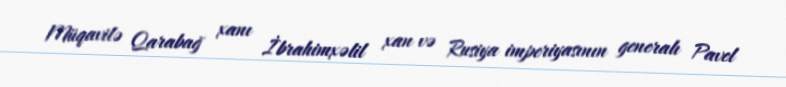
Müqavilə Qarabağ xanı İbrahimxəlil xan və Rusiya imperiyasının generalı Pavel